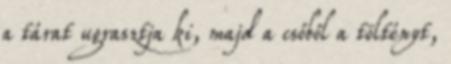
a tárat ugrasztja ki, majd a csőből a töltényt,